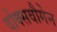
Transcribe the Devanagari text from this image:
वोक्सवौगेन